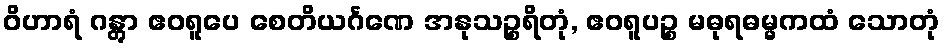
ဝိဟာရံ ဂန္တွာ ဧဝရူပေ စေတိယင်္ဂဏေ အနုသဉ္စရိတုံ, ဧဝရူပဉ္စ မဓုရဓမ္မကထံ သောတုံ